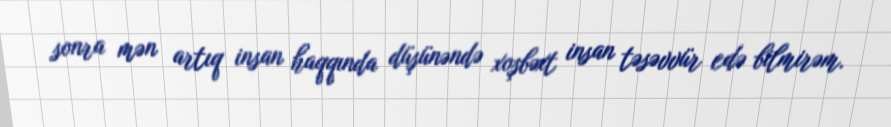
sonra mən artıq insan haqqında düşünəndə xoşbəxt insan təsəvvür edə bilmirəm.